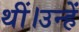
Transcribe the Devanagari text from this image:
थीं।उन्हें